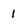
Character: 1